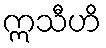
ဣသီဟိ